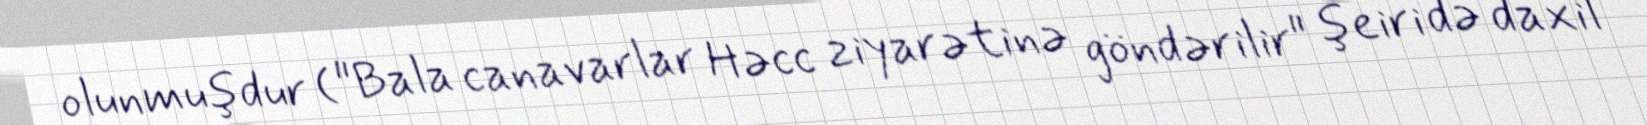
olunmuşdur ("Bala canavarlar Həcc ziyarətinə göndərilir" şeiri də daxil